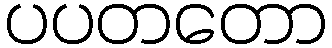
ပပတတော